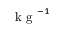
\mathrm { ~ k ~ g ~ } ^ { - 1 }